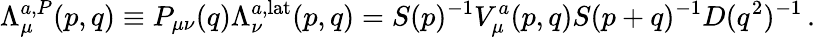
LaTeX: \Lambda_{\mu}^{a,P}(p,q)\equiv P_{\mu\nu}(q)\Lambda_{\nu}^{a,\mathrm{lat}}(p,q)=S(p)^{-1}V_{\mu}^{a}(p,q)S(p+q)^{-1}D(q^{2})^{-1}\, .